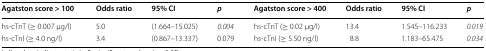
| Agatston score > 100 | Odds ratio | 95% CI | p | Agatston score > 400 | Odds ratio | 95% CI | p |
 | --- | --- | --- | --- | --- | --- | --- | --- |
 | hs-cTnT (≥ 0.007 μg/l) | 5.0 | (1.664–15.025) | 0.004 | hs-cTnT (≥ 0.02 μg/l) | 13.4 | 1.545–116.233 | 0.019 |
 | hs-cTnI (≥ 4.0 ng/l) | 3.4 | (0.867–13.337) | 0.079 | hs-cTnI (≥ 5.50 ng/l) | 8.8 | 1.183–65.475 | 0.034 |